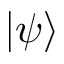
| \psi \rangle